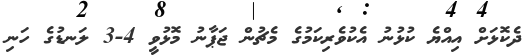
ދެކޮޅަށް އިއްޔެ ކުޅުނު އެކުވެރިކަމުގެ މެޗުން ޖަޕާނު މޮޅުވީ 4-3 ލަނޑުގެ ހަނި